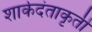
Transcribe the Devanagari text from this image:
शार्कदंताकृती